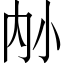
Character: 𪧿